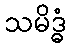
သမိဒ္ဓံ